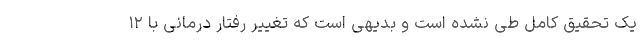
یک تحقیق کامل طی نشده است و بدیهی است که تغییر رفتار درمانی با ۱۲